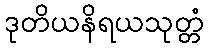
ဒုတိယနိရယသုတ္တံ